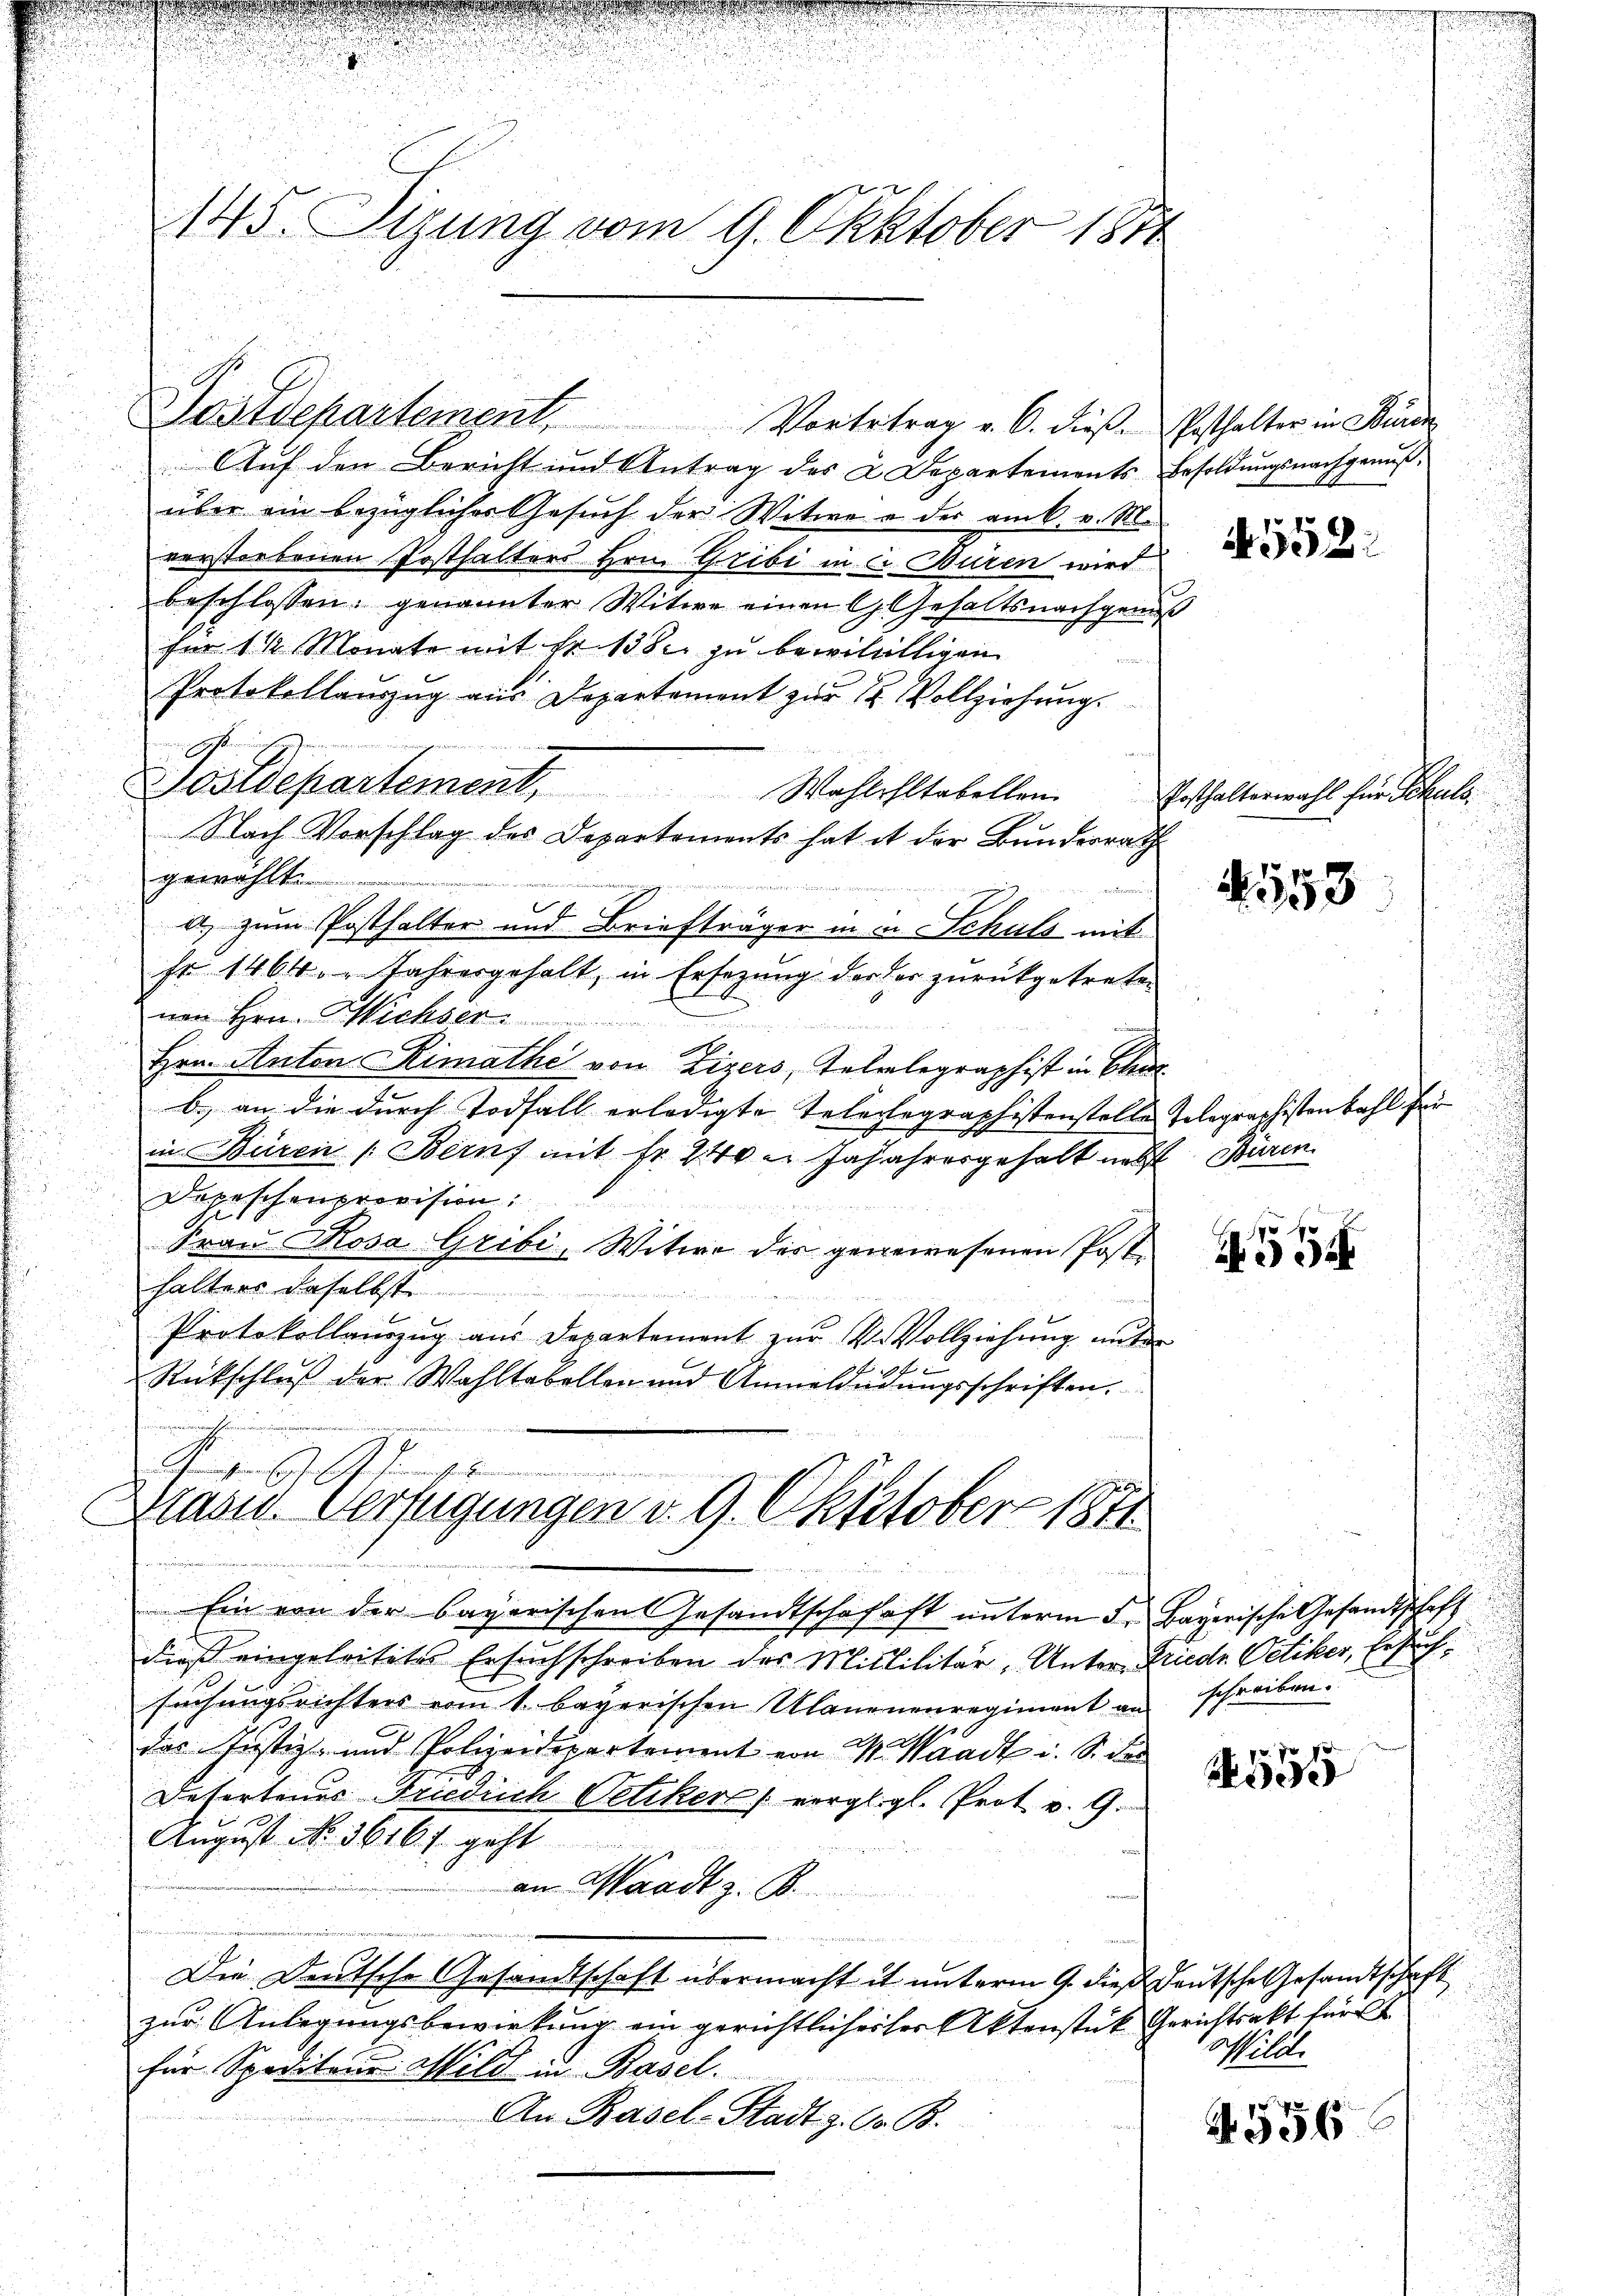
e
u

n
s

.
.
145. Sizung vom 9. Oktober 1871

AAuf den Bericht und Antrag des 2. Departements-Besoldŭngsnachgenuß,
über ein bezügliches Gesuch der Witwe u der am 6. v. M.
verstorbenen Posthalters Hrn. Gribi in C. Buren wird
beschlossen: genannter Witwe einen Gehaltsnachgenus
für 1 ½ Monate mit Fr. 138. zu bewilligen
i
Protokollauszug aus Departement zur H. Vollziehung.
.
Wostdepartement, Wahlohltobellen.
Nach Vorschlag des Departements hat it der Bundesrath
gewählt
a, zum Posthalter und Briefträger in in Schutz mit
sr 1464. " Jahresgehalt, in Ersezung der der zurückgetreten
nen Hrn. Michser
.
Hrn. Anton Rimathe von Zizers, Telelegraphist in Char
b. an die durch Todfall erledigte Teleolographistenstelle Tolographistenbahl für
in Beiren Bern mit fr. 240 u. Jajahresgehalt nebst
Depeschenprovision:
Frau Rosa Gribi, Witwe des gegewesenen Post-
halters daselbst
Protokollauszug aus Departement zur R. Vollziehung unter
f x
Rückschluß der Wahltabellen und Anmelderungsschriften.
gel fig
Klass. Verfügungen v. 9. Oktstober 1871

Postdepartement. Vortrtrag v. 6. diese Posthalter in Büren

un bald einen
e

Ein von der bayerischen Gesandtschafft unterm 5. Bayerische Gesandtschaft
dieß eingeleitetes Ersuchschreiben des Mililitär, Unter-Friede Oetiker, Ersuchsuchungsrichters vom 1. bayerischen Ulanenenregiment an schreiben.
das Justiz- und Polizeidepartement von M. Waadt u. S. de
Defertenes Friedrich Oetiker vergligl. Prot v. 9.
August No. 3616 f. geht
an Waadt z. B.
Die Deutsche Gesandtschaft übermacht it unterm 9. dieß deutsche Gesandtschaft
zur Anlegungsbewirkung ein gerichtlichester Aktenstück Gerichtsakt für
für Speditanes Wild in Basel.
An Basel-Stadt z. O. B.

4552.

Posthalterwahl für Schuls.

N 158

Büren.

534

555

556

achselt.